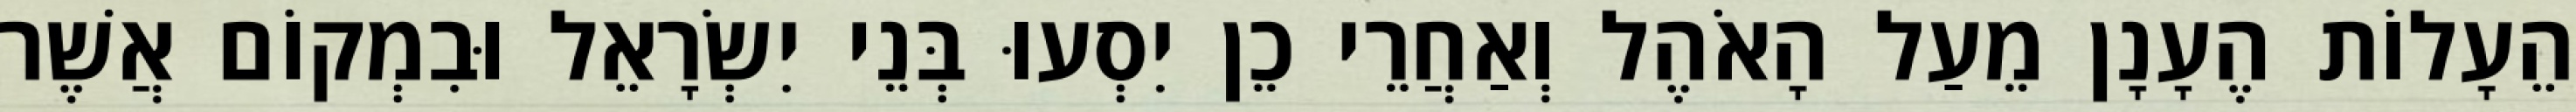
הֵעָלוֹת הֶעָנָן מֵעַל הָאֹהֶל וְאַחֲרֵי כֵן יִסְעוּ בְּנֵי יִשְׂרָאֵל וּבִמְקוֹם אֲשֶׁר